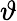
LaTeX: \displaystyle\vartheta